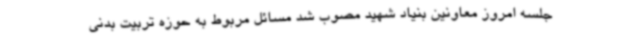
جلسه امروز معاونین بنیاد شهید مصوب شد مسائل مربوط به حوزه تربیت بدنی